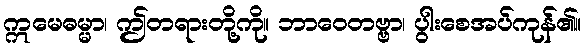
ဣမေဓမ္မာ၊ ဤတရားတို့ကို။ ဘာဝေတဗ္ဗာ၊ ပွါးစေအပ်ကုန်၏။